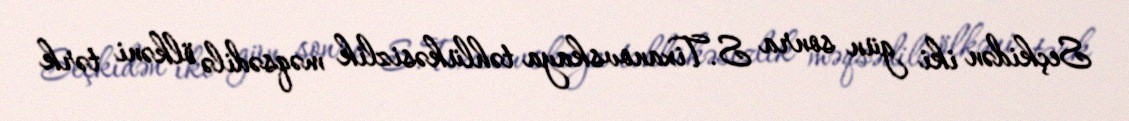
Seçkidən iki gün sonra S.Tixanovskaya təhlükəsizlik məqsədilə ölkəni tərk